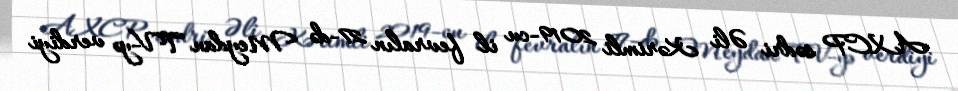
AXCP sədri Əli Kərimli 2019-cu il fevralın 27-də Meydan TV-yə verdiyi